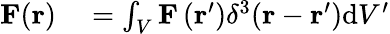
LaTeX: \begin{array}{rl}{\mathbf{F}(\mathbf{r})}&{{}=\int_{V}\mathbf{F}\left(\mathbf{r}^{\prime}\right)\delta^{3}(\mathbf{r}-\mathbf{r}^{\prime})\mathrm{d}V^{\prime}}\end{array}